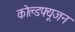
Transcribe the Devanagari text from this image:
कोल्डफ्यूजन